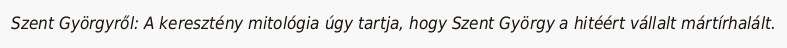
Szent Györgyről: A keresztény mitológia úgy tartja, hogy Szent György a hitéért vállalt mártírhalált.